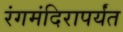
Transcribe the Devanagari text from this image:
रंगमंदिरापर्यंत